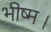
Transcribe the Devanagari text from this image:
भीष्म।